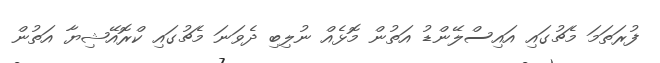
ފުރަތަމަ މެޗުގައި އައިސްލޭންޑު އަތުން މޮޅެއް ނުލިބި ދެވަނަ މެޗުގައި ކްރޮއޭޝިޔާ އަތުން